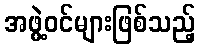
အဖွဲ့ဝင်များဖြစ်သည့်